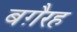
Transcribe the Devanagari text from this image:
बग़ैरह